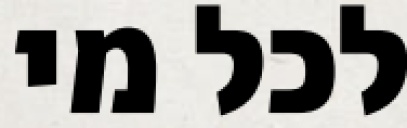
לכל מי